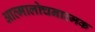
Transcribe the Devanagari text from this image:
आत्मालोचनात्मक